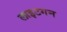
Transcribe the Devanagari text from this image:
लाइटगन